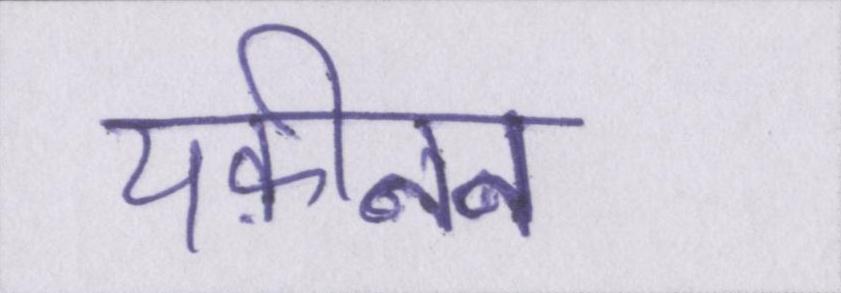
यक़ीनन